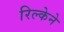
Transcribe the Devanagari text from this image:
रिल्केने